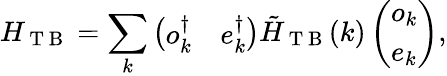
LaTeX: H_{\mathrm{~T~B~}}=\sum_{k}\left(\begin{array}{ll}{o_{k}^{\dagger}}&{e_{k}^{\dagger}}\end{array}\right)\tilde{H}_{\mathrm{~T~B~}}(k)\left(\begin{array}{l}{o_{k}}\\ {e_{k}}\end{array}\right),